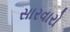
સારવારો